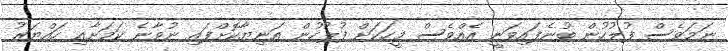
ނަމަވެސް ފުލުހުން ބުނެފައިވަނީ އެއްވެސް މީހަކަށް ފުލުހުން އަނިޔާކޮށްފައި ނުވާނެ ކަމަށާއި ހައްޔަރު